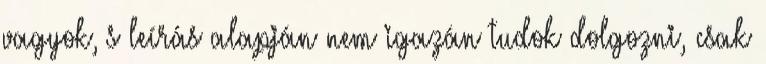
vagyok, s leírás alapján nem igazán tudok dolgozni, csak